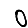
Digit: 0